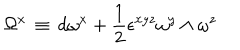
LaTeX: \Omega ^ { x } \, \equiv \, d \omega ^ { x } + { \frac { 1 } { 2 } } \epsilon ^ { x y z } \omega ^ { y } \wedge \omega ^ { z }